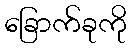
ခြောက်ခုကို